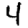
Digit: 4